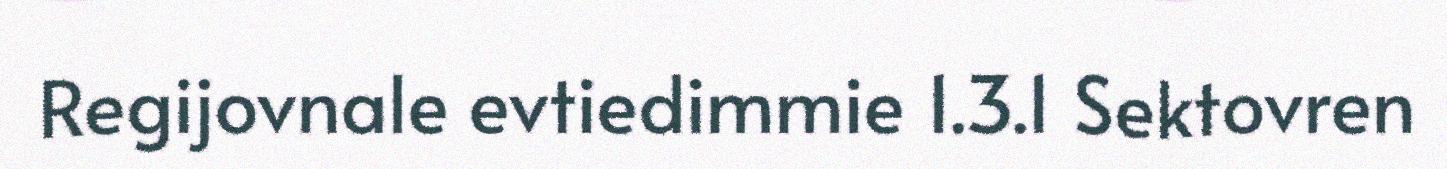
Regijovnale evtiedimmie 1.3.1 Sektovren